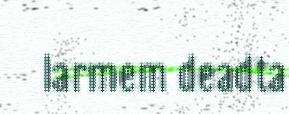
larmem deadta